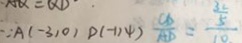
\because A ( - 3 , 0 ) D ( - 1 , 4 ) \frac { C D } { A D } = \frac { \frac { 3 2 } { 5 } } { 1 0 }